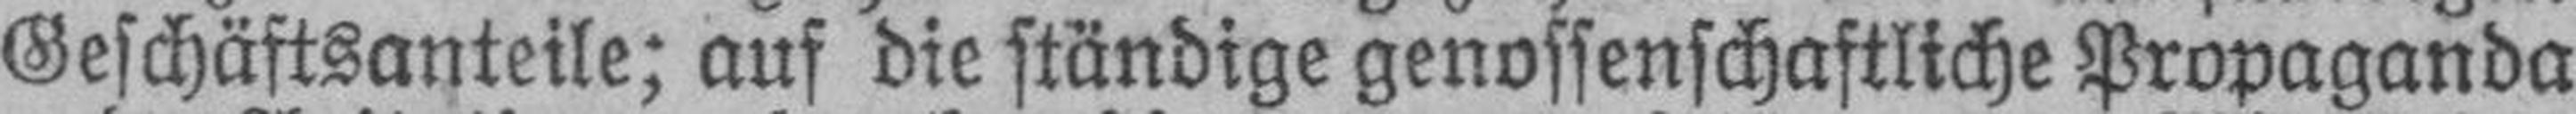
Geschäftsanteile; auf die ständige genossenschaftliche Propaganda